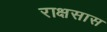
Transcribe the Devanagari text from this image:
राक्षसास